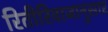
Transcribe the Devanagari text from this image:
रितीरिवाजानुसार